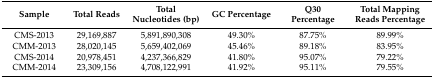
| Sample | Total Reads | Total Nucleotides (bp) | GC Percentage | Q30 Percentage | Total Mapping Reads Percentage |
 | --- | --- | --- | --- | --- | --- |
 | CMS-2013 | 29,169,887 | 5,891,890,308 | 49.30% | 87.75% | 89.99% |
 | CMM-2013 | 28,020,145 | 5,659,402,069 | 45.46% | 89.18% | 83.95% |
 | CMS-2014 | 20,978,451 | 4,237,366,829 | 41.80% | 95.07% | 79.22% |
 | CMM-2014 | 23,309,156 | 4,708,122,991 | 41.92% | 95.11% | 79.55% |